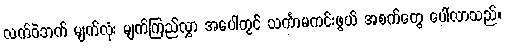
လက်ဝဲဘက် မျက်လုံး မျက်ကြည်လွှာ အပေါ်တွင် သင်္ကာမကင်းဖွယ် အစက်တွေ ပေါ်လာသည်။